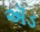
ઍડ